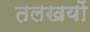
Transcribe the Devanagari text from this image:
तलखयों